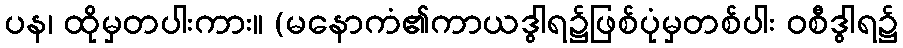
ပန၊ ထိုမှတပါးကား။ (မနောကံ၏ကာယဒွါရ၌ဖြစ်ပုံမှတစ်ပါး ဝစီဒွါရ၌